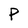
Character: P